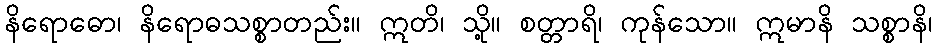
နိရောဓော၊ နိရောဓသစ္စာတည်း။ ဣတိ၊ သို့။ စတ္တာရိ၊ ကုန်သော။ ဣမာနိ သစ္စာနိ၊